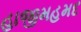
હાજીમહમદ